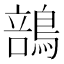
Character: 䳝